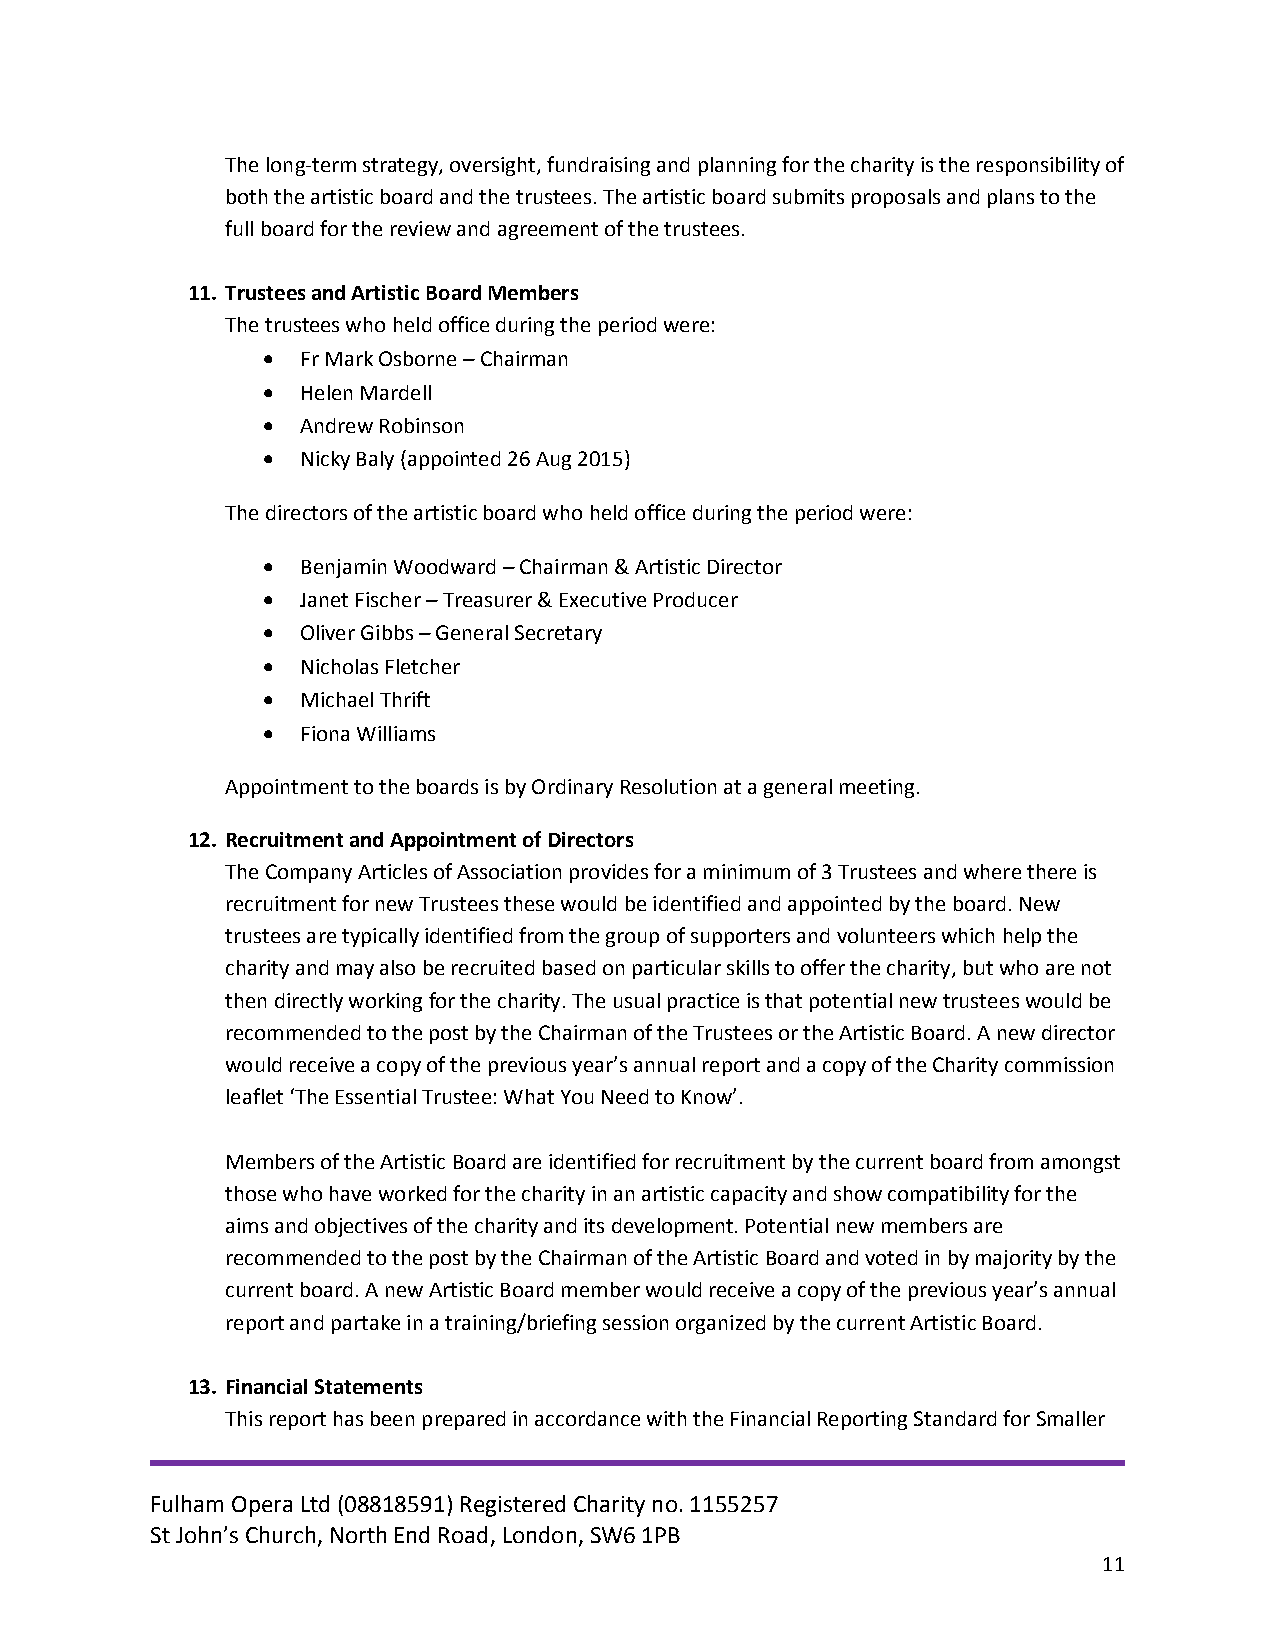
The long-term strategy, oversight, fundraising and planning for the charity is the responsibility of
 both the artistic board and the trustees. The artistic board submits proposals and plans to the
 full board for the review and agreement of the trustees.
 11. Trustees and Artistic Board Members
 The trustees who held office during the period were:
   Fr Mark Osborne – Chairman
   Helen Mardell
   Andrew Robinson
   Nicky Baly (appointed 26 Aug 2015)
 The directors of the artistic board who held office during the period were:
   Benjamin Woodward – Chairman & Artistic Director
   Janet Fischer – Treasurer & Executive Producer
   Oliver Gibbs – General Secretary
   Nicholas Fletcher
   Michael Thrift
   Fiona Williams
 Appointment to the boards is by Ordinary Resolution at a general meeting.
 12. Recruitment and Appointment of Directors
 The Company Articles of Association provides for a minimum of 3 Trustees and where there is
 recruitment for new Trustees these would be identified and appointed by the board. New
 trustees are typically identified from the group of supporters and volunteers which help the
 charity and may also be recruited based on particular skills to offer the charity, but who are not
 then directly working for the charity. The usual practice is that potential new trustees would be
 recommended to the post by the Chairman of the Trustees or the Artistic Board. A new director
 would receive a copy of the previous year’s annual report and a copy of the Charity commission
 leaflet ‘The Essential Trustee: What You Need to Know’.
 Members of the Artistic Board are identified for recruitment by the current board from amongst
 those who have worked for the charity in an artistic capacity and show compatibility for the
 aims and objectives of the charity and its development. Potential new members are
 recommended to the post by the Chairman of the Artistic Board and voted in by majority by the
 current board. A new Artistic Board member would receive a copy of the previous year’s annual
 report and partake in a training/briefing session organized by the current Artistic Board.
 13. Financial Statements
 This report has been prepared in accordance with the Financial Reporting Standard for Smaller
 Fulham Opera Ltd (08818591) Registered Charity no. 1155257
 St John’s Church, North End Road, London, SW6 1PB
 11